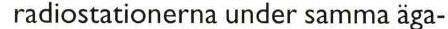
radiostationerna under samma äga-